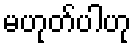
မဟုတ်ပါဟု